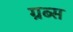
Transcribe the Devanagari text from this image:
ग्रब्स